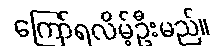
ကြော်ရလိမ့်ဦးမည်။